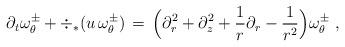
LaTeX: \begin{align*} \partial_t \omega_\theta^\pm + \div_*(u \,\omega_\theta^\pm) \,=\, \Bigl(\partial_r^2 + \partial_z^2 + \frac{1}{r}\partial_r - \frac{1}{r^2}\Bigr)\omega_\theta^\pm~,\end{align*}